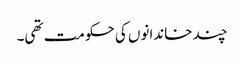
چند خاندانوں کی حکومت تھی۔